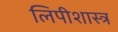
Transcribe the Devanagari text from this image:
लिपीशास्त्र